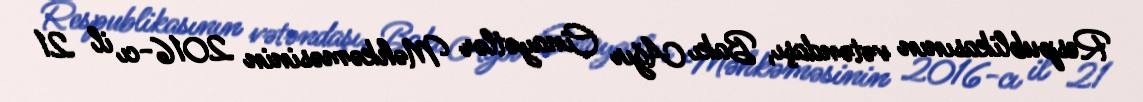
Respublikasının vətəndaşı, Bakı Ağır Cinayətlər Məhkəməsinin 2016-cı il 21